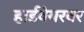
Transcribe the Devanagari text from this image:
हार्डवेयरवर